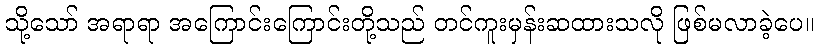
သို့သော် အရာရာ အကြောင်းကြောင်းတို့သည် တင်ကူးမှန်းဆထားသလို ဖြစ်မလာခဲ့ပေ။